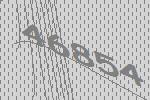
46854